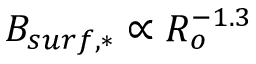
B _ { s u r f , * } \propto R _ { o } ^ { - 1 . 3 }